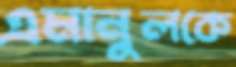
এমানুলকে